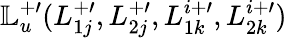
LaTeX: \mathbb{L}_{u}^{+\prime}(L_{1j}^{+\prime},L_{2j}^{+\prime},L_{1k}^{i+\prime},L_{2k}^{i+\prime})